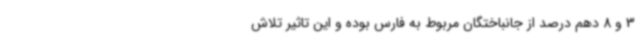
3 و 8 دهم درصد از جانباختگان مربوط به فارس بوده و این تاثیر تلاش